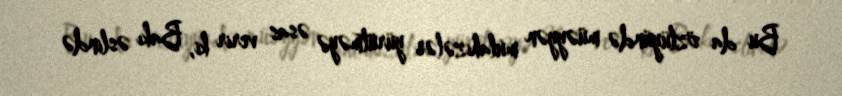
Bu da özlüyündə müəyyən mülahizələr yürütməyə əsas verir ki, Bakı əslində